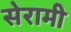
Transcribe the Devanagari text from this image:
सेरामी